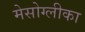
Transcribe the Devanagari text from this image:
मेसोग्लीका